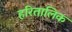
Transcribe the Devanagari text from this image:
हरितालिक